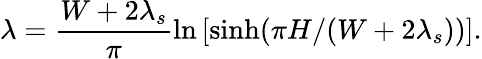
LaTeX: \lambda=\frac{W+2\lambda_{s}}{\pi}\ln\left[{\sinh(\pi H/(W+2\lambda_{s}))}\right].